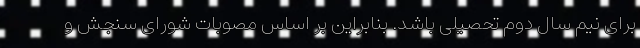
برای نیم سال دوم تحصیلی باشد. بنابراین بر اساس مصوبات شورای سنجش و